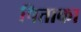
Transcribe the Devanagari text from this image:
पिताका